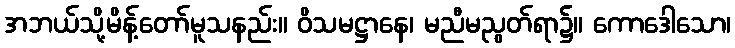
အဘယ်သို့မိန့်တော်မူသနည်း။ ဝိသမဋ္ဌာနေ၊ မညီမညွတ်ရာ၌။ ကောဒေါသော၊